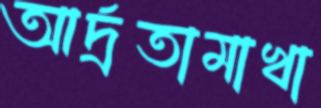
আর্দ্রতামাখা